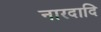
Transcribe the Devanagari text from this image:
नारदादि